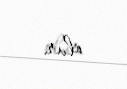
olur.